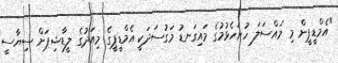
"އެމްޑީޕީން މި މައްސަލަ ހުށަހެޅުމުގެ މައިގަނޑު މަގުސަދަކީ އެމްޑީޕީގެ މިއަދުގެ ލީޑާޝިޕަށް ސިޔާސީ